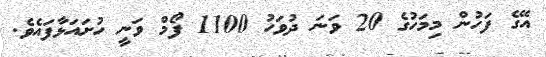
އޭގެ ފަހުން މިމަހުގެ 20 ވަނަ ދުވަހު 1100 ފޯމް ވަނީ ހުށައަޅާފައެވެ.